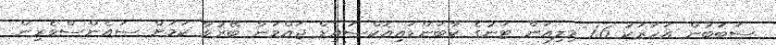
ސަބަބުން އަހަރަކު 1.6 މިލިއަން ޓަނުގެ ކާބަންޑައިއޮކްސައިޑް ޖައްވަން ބޭރުވާ ކަމަށް ސައެންސްވެރިން